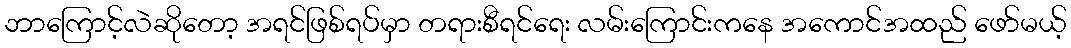
ဘာကြောင့်လဲဆိုတော့ အရင်ဖြစ်ရပ်မှာ တရားစီရင်ရေး လမ်းကြောင်းကနေ အကောင်အထည် ဖော်မယ့်